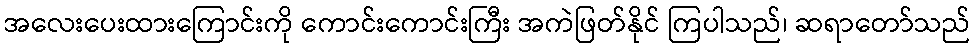
အလေးပေးထားကြောင်းကို ကောင်းကောင်းကြီး အကဲဖြတ်နိုင် ကြပါသည်၊ ဆရာတော်သည်